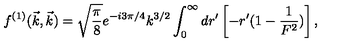
f ^ { ( 1 ) } ( \vec { k } , \vec { k } ) = \sqrt { \frac { \pi } { 8 } } e ^ { - i 3 \pi / 4 } k ^ { 3 / 2 } \int _ { 0 } ^ { \infty } d r ^ { \prime } \left[ - r ^ { \prime } ( 1 - \frac { 1 } { F ^ { 2 } } ) \right] ,